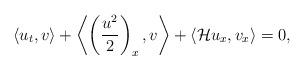
LaTeX: \begin{align*}\left< u_{t},v \right> + \left< \left(\frac{u^2}{2}\right)_{x}, v \right> + \left< \mathcal{H}u_{x}, v_{x} \right> = 0,\end{align*}